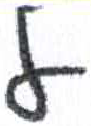
אות: ל